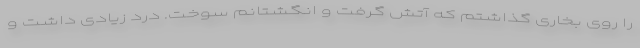
را روی بخاری گذاشتم که آتش گرفت و انگشتانم سوخت. درد زیادی داشت و